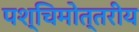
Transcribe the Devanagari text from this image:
पश्चिमोत्तरीय